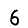
Digit: 6